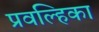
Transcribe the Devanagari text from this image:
प्रवल्हिका